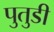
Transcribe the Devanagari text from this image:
पुतुडी